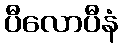
ပီလောပီနံ